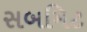
સબમિટ